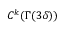
C ^ { k } ( \Gamma ( 3 \delta ) )